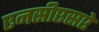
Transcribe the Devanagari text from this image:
एनसीएसऐ